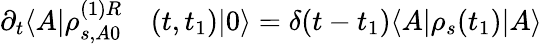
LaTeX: \begin{array}{rl}{\partial_{t}\langle A|\rho_{s,A0}^{(1)R}}&{{}(t,t_{1})|0\rangle=\delta(t-t_{1})\langle A|\rho_{s}(t_{1})|A\rangle}\end{array}